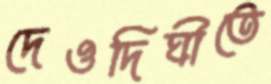
দেওদিঘীতে